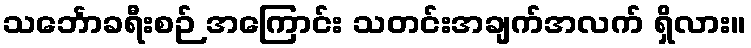
သင်္ဘောခရီးစဉ် အကြောင်း သတင်းအချက်အလက် ရှိလား။